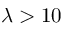
\lambda > 1 0